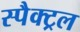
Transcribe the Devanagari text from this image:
स्पैक्ट्रल